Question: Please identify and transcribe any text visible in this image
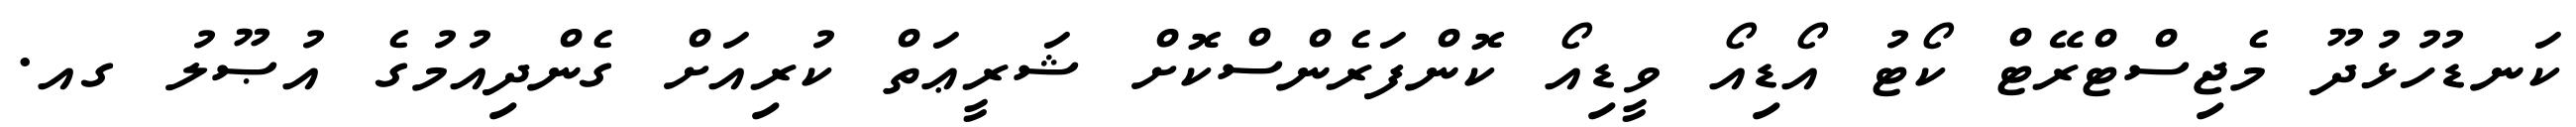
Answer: ކަނޑުހުޅުދޫ މެޖިސްޓްރޭޓް ކޯޓު އޯޑިއޯ ވީޑިއޯ ކޮންފަރެންސްކޮށް ޝަރީޢަތް ކުރިއަށް ގެންދިއުމުގެ އުޞޫލު ގއ.